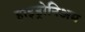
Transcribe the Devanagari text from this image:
हाइड्रोनिअम